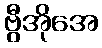
ဗွီအိုအေ